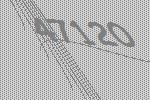
47120